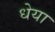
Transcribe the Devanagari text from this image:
धेया